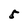
Character: 5